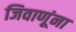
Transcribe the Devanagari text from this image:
जिवाणूंना